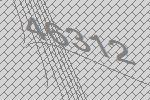
46312